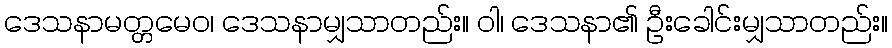
ဒေသနာမတ္တမေဝ၊ ဒေသနာမျှသာတည်း။ ဝါ၊ ဒေသနာ၏ ဦးခေါင်းမျှသာတည်း။